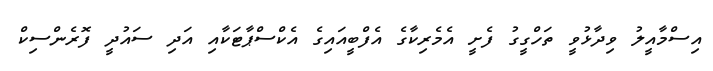
އިސްމާއީލު ވިދާޅުވީ ތަހްގީގު ފެށީ އެމެރިކާގެ އެފްބީއައިގެ އެކްސްޕާޓަކާއި އަދި ސައުދީ ފޮރެންސިކް